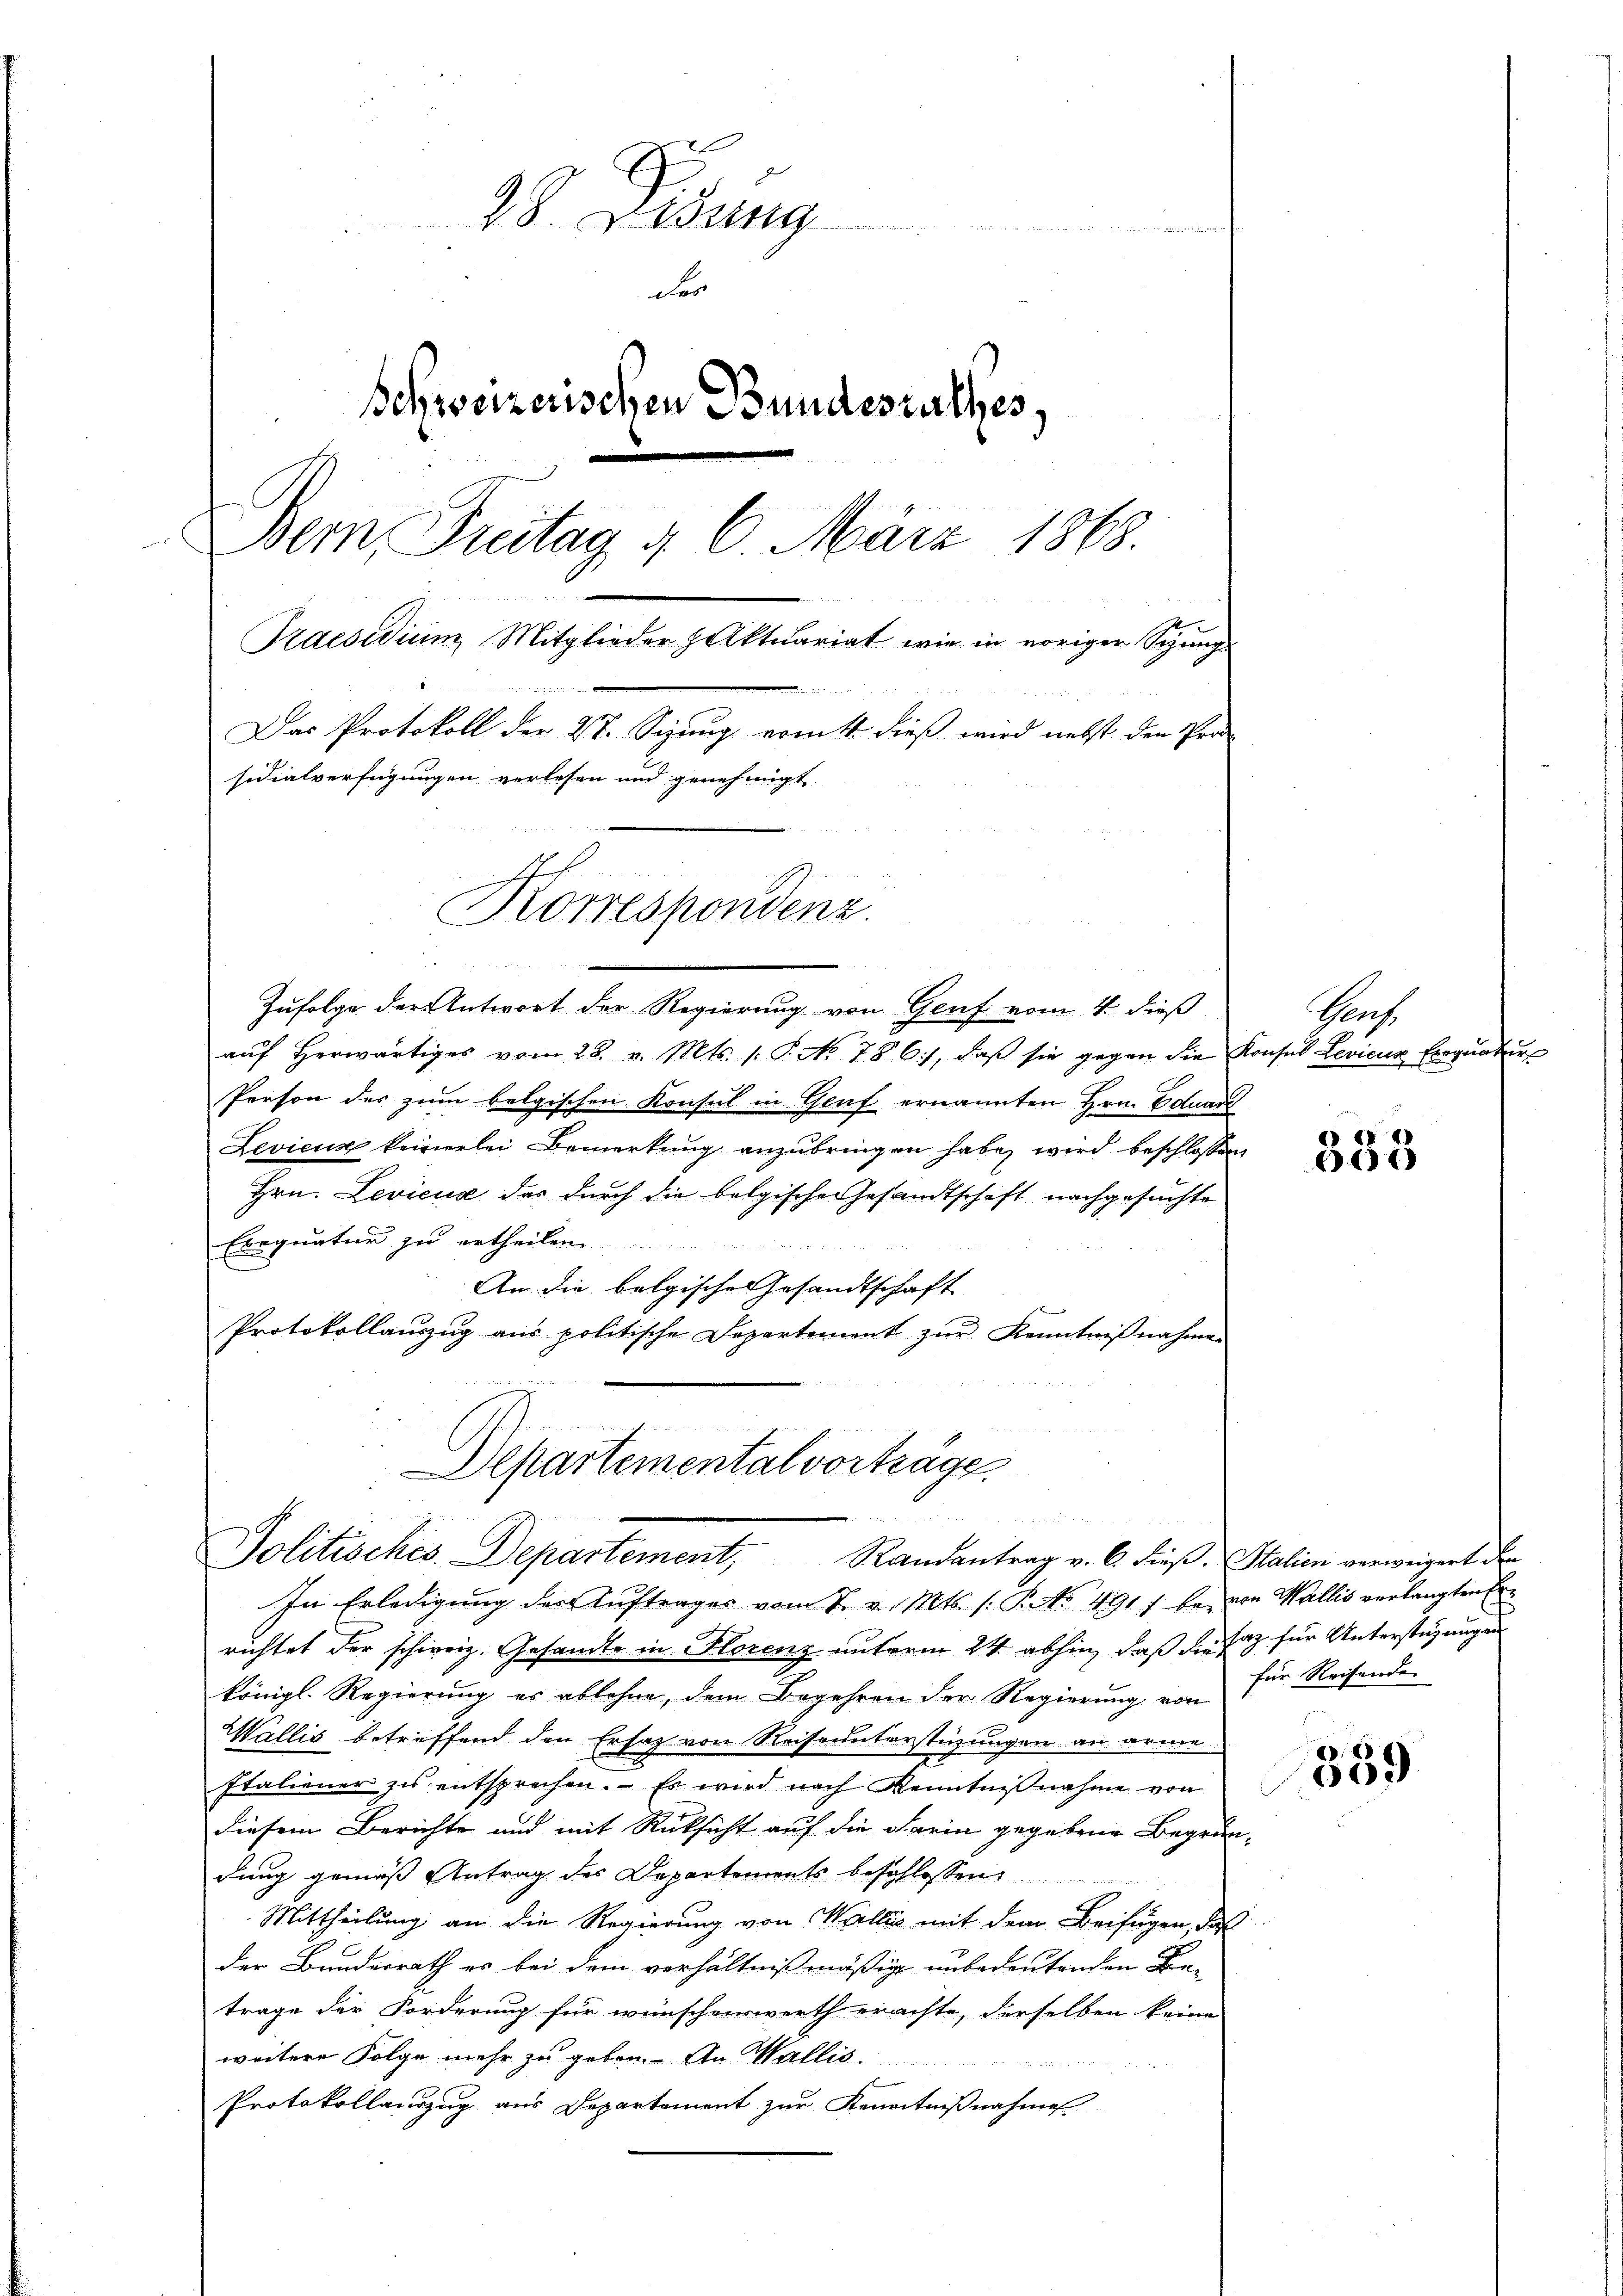
28. Dedung
h
er
Behweizerischen Bundesrathes.
Bern, Freitag d. 6. März 1868.
u
k
Praesidium Mitglieder Holktuariat wie in voriger Sitzung
Das Protokoll der 2t Sizung ermitt dieß wird nebst den Pro-
sidialverfügungen verlesen und genehmigt
Korrespondenz.

2

Zufolge der Antwort der Regierung von Genf vom 4. dieß
aŭf herwärtiges vom 28. v. Mts. 1. P. No. 786), daβ sie gegen die Konsul Levicus Ereqŭatŭr
Person des zum belgischen Konsul in Graf ernannten Hrn. Eduard
Levicus keinerlei Bemerkung anzubringen habe, wird beschlossen
Hrn. Levicus das durch die belgische Gesandtschaft nachgesuchte
Exequatur zu ertheilen.
An die belgische Gesandtschaft
Protokollauszug aus politische Departement zur Kenntnißnahmen
n

Departemental vorträge
 5
Politisches Departement, Randantrag v. 6. dieß. Stalien verweigert der
In Erledigung der Auftrages vom 7. v. Mts. s. P. Nr. 491 f bei von Wallis verlangten Er¬

Graf.

richtet der schweiz. Gesandte in Florenz unterm 24. abhin, daß die Satz für Unterstüzungen
königl. Regierung es ablehne, dem Begehren der Regierung von
Wallis betreffend den Ersatz von Reiseunterstüzungen an arme
Italiener zu entsprechen. Es wird nach Kenntniβnahme von
diesem Berichte und mit Rücksicht auf die darin gegebene Begründung gemäß Antrag des Departements beschlossen
Mittheilung an die Regierung von Wallis mit dem Beifügen, daß
der Bundesrath es bei dem verhältnißmäßig unbedeutenden Betrage der Forderung für wünschenswerth erachte, derselben keine
weitere Folge mehr zu geben. An Wallis.
Protokollauszug aus Departement zur Kenntnißnahme

333

für Reisende

359